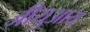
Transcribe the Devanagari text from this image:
जीयुआय